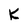
Character: K